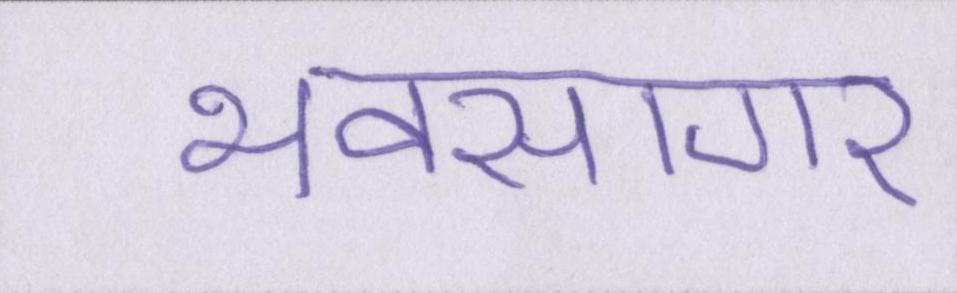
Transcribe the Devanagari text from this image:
भवसागर